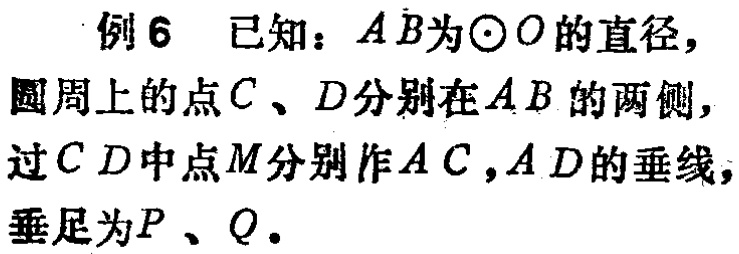
例6 已知：$AB$为$\odot O$的直径，圆周上的点$C$、$D$分别在$AB$的两侧，过$CD$中点$M$分别作$AC$，$AD$的垂线，垂足为$P$、$Q$。